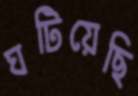
ঘটিয়েছি